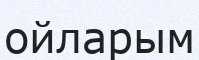
ойларым